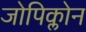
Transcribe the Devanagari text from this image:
जोपिक्लोन